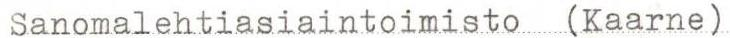
Sanomalehtiasiaintoimisto (Kaarne)